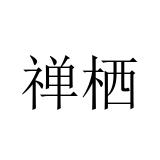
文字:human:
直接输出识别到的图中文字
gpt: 禅栖